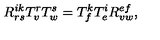
R _ { r s } ^ { i k } T _ { v } ^ { r } T _ { w } ^ { s } = T _ { f } ^ { k } T _ { e } ^ { i } R _ { v w } ^ { e f } ,